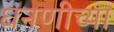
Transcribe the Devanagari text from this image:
धनणीच्या